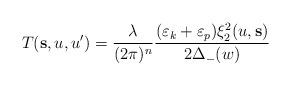
LaTeX: \begin{align*}T({\bf s},u,u^{\prime })=\frac{\lambda }{(2\pi )^{n}}\frac{(\varepsilon_{k}+\varepsilon _{p})\xi _{2}^{2}(u,{\bf s})}{2\Delta _{-}(w)}\end{align*}